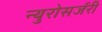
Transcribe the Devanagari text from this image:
न्युरोसर्जरी